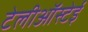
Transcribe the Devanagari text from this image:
टेलीऑस्टेई